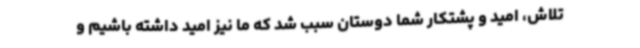
تلاش، امید و پشتکار شما دوستان سبب شد که ما نیز امید داشته باشیم و